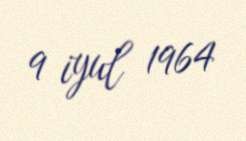
9 iyul 1964